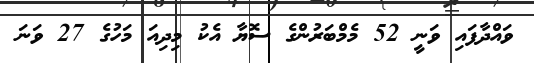
ވައްދާފައި ވަނީ 52 މެމްބަރުންގެ ސޮޔާ އެކު މިދިއަ މަހުގެ 27 ވަނަ